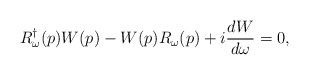
\begin{align*}R_{\omega }^{\dagger }(p)W(p)-W(p)R_{\omega }(p)+i\frac{dW}{d\omega }=0,\end{align*}